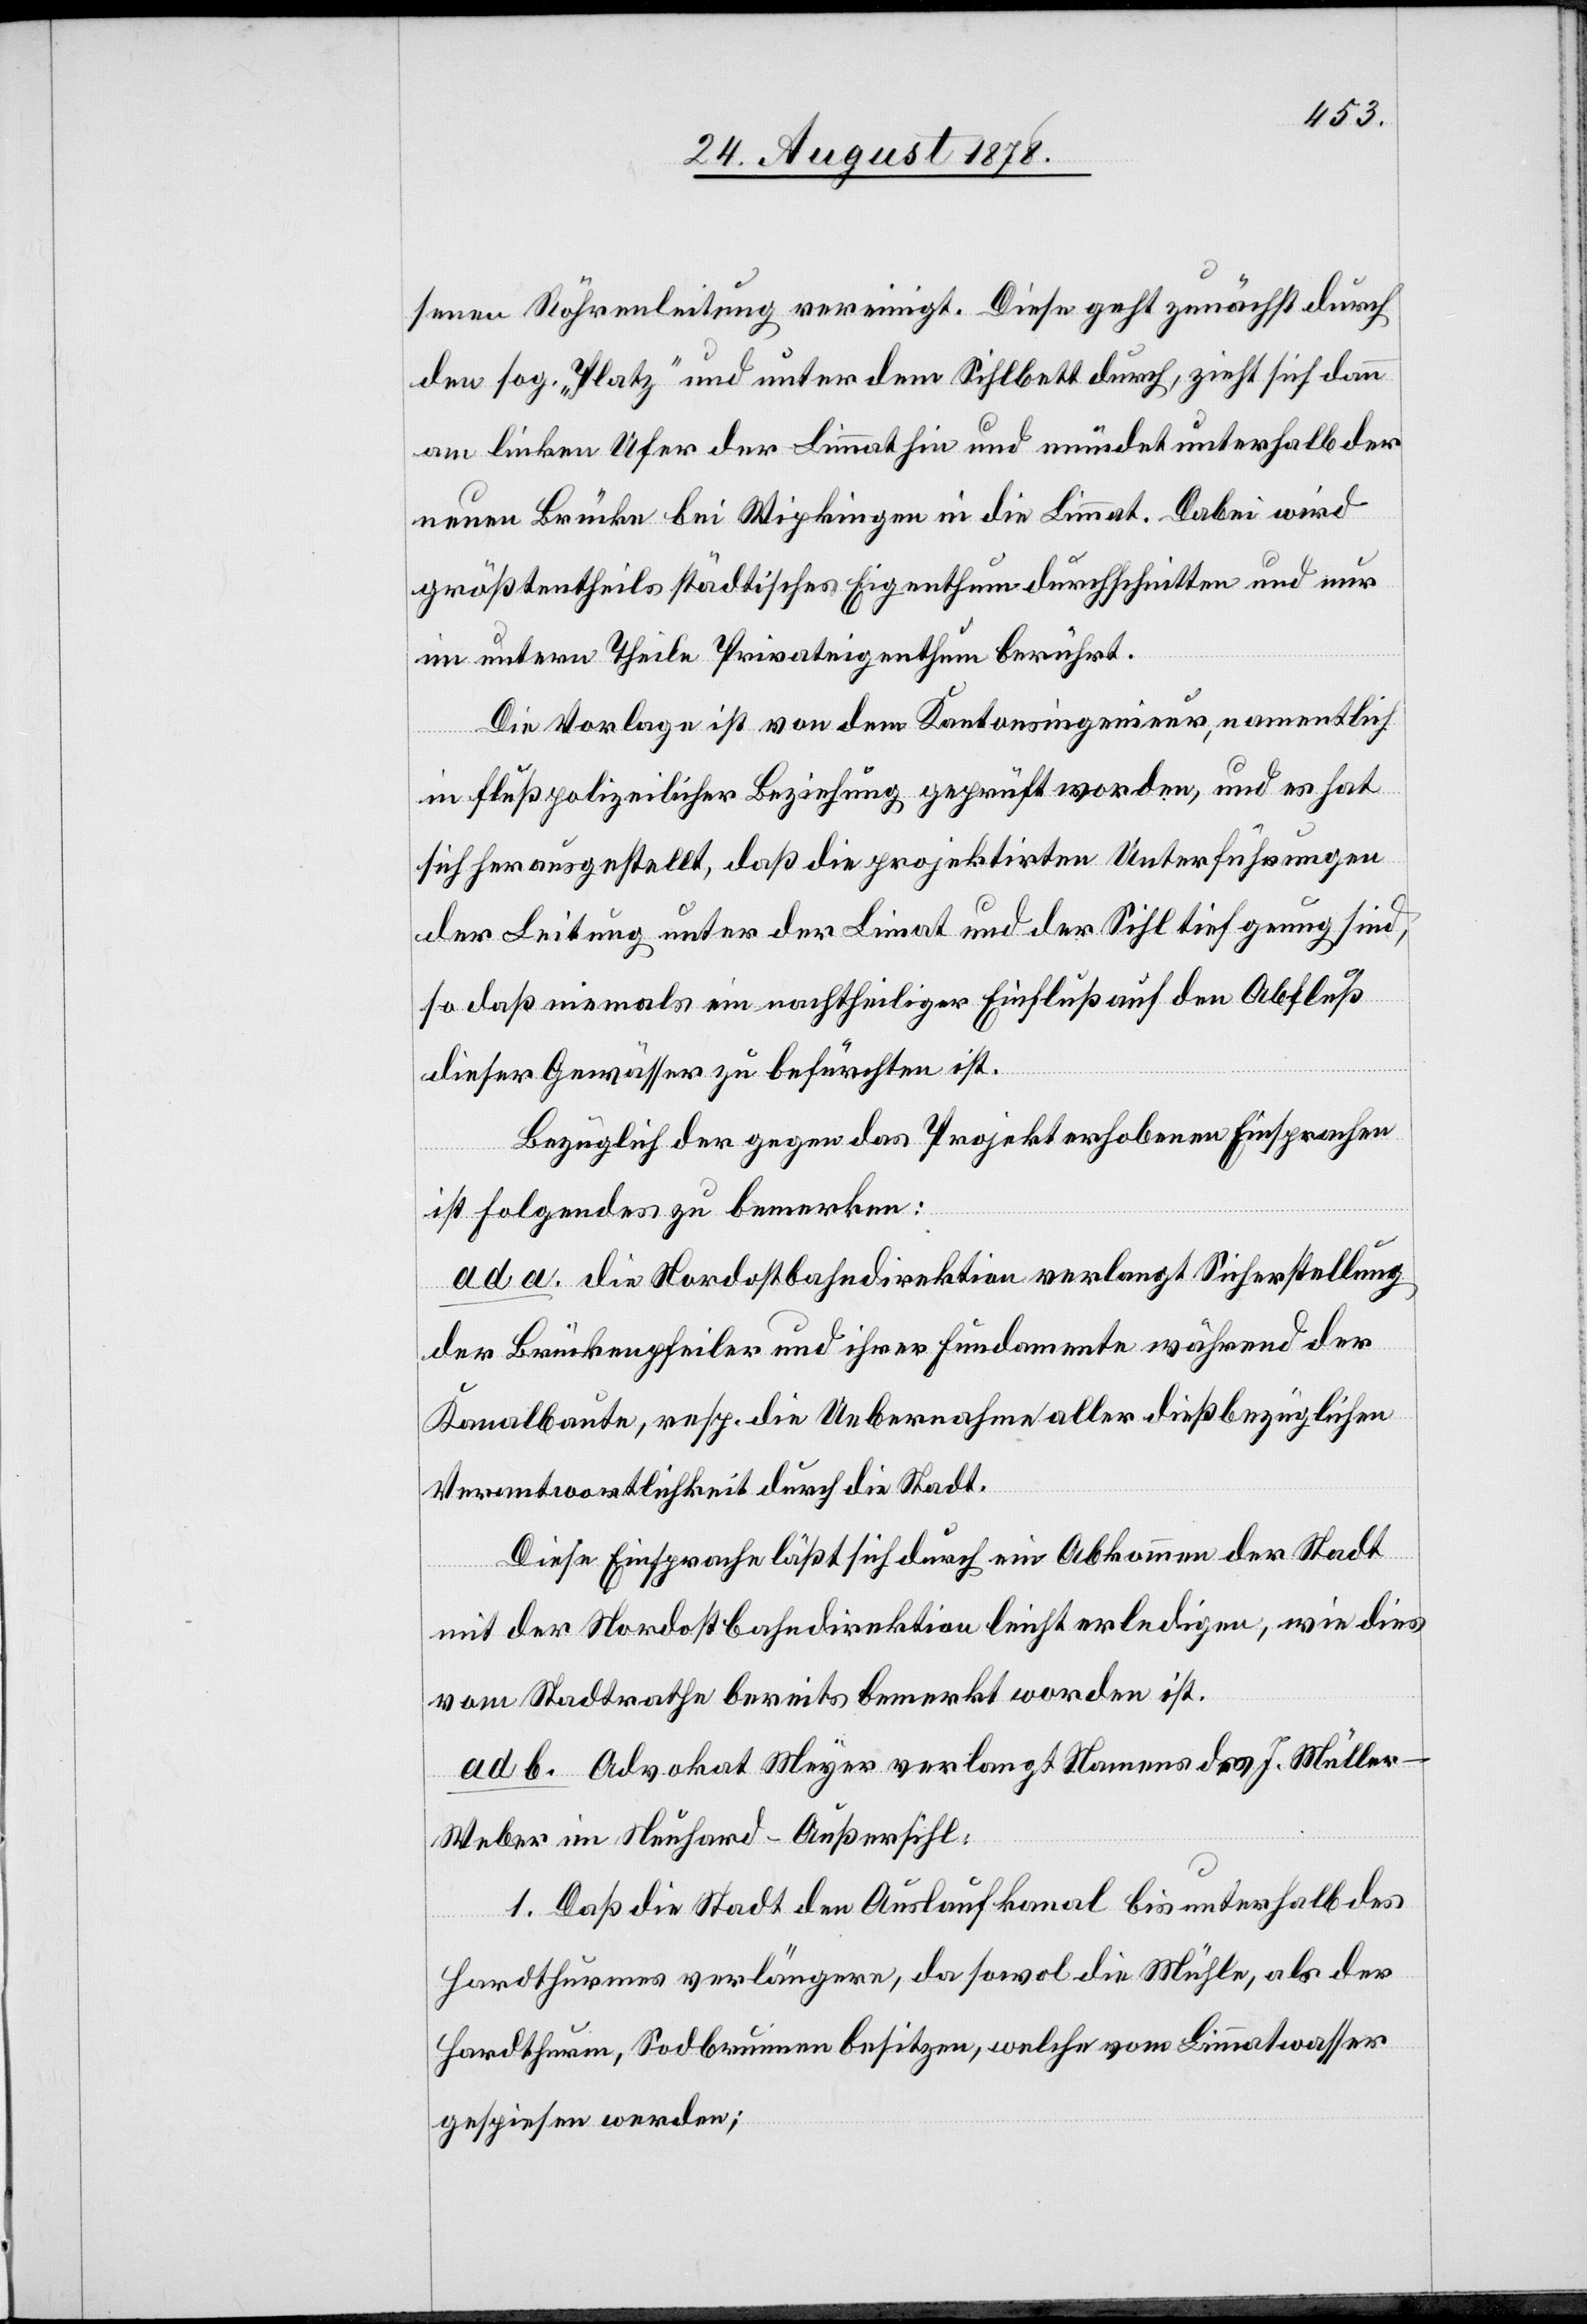
senen Röhrenleitung vereinigt. Diese geht zunächst durch
den sog. „Platz“ und unter dem Sihlbett durch, zieht sich dann
am linken Ufer der Limmat hin und mündet unterhalb der
neuen Brücke bei Wipkingen in die Limmat. Dabei wird
größtentheils städtisches Eigenthum durchschnitten und nur
im untern Theile Privateigenthum berührt.
Die Vorlage ist von dem Kantonsingenieur, namentlich
in flußpolizeilicher Beziehung geprüft worden, und es hat
sich herausgestellt, daß die projektirten Unterführungen
der Leitung unter der Limat [sic!] und der Sihl tief genug sind,
so daß niemals ein nachtheiliger Einfluß auf den Abfluß
dieser Gewässer zu befürchten ist.
Bezüglich der gegen das Projekt erhobenen Einsprachen
ist folgendes zu bemerken:
ad. a. die Nordostbahndirektion verlangt Sicherstellung
der Brückenpfeiler und ihrer Fundamente während der
Kanalbaute, resp. die Uebernahme aller dießbezüglichen
Verantwortlichkeit durch die Stadt.
Diese Einsprache läßt sich durch ein Abkommen der Stadt
mit der Nordostbahndirektion leicht erledigen, wie dies
vom Stadtrathe bereits bemerkt worden ist.
ad b. Advokat Meyer verlangt Namens des J. Mülle¬
r-Weber im Neuhard - Außersihl:
1. Daß die Stadt den Auslaufkanal bis unterhalb des
Hardthurmes verlängere, da sowol die Mühle, als der
Hardthurm, Sodbrunnen besitzen, welche vom Limmatwasser
gespiesen werden;